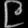
Digit: ၉